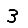
Digit: 3